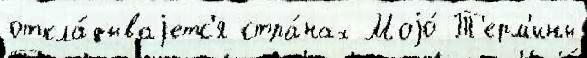
откла́дываjетс'я стра́нах Моjо́ Т'ерм'ины